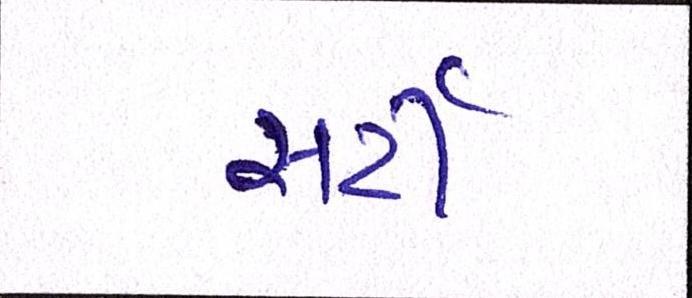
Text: સર્ટી